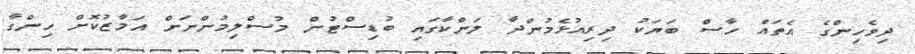
ދިވެހިންގެ އެތައް ހާސް ބަޔަކު ދިރިއުޅެމުންދާ ލަންކާގައި ބުޑިސްޓުން މުސްލިމުންނަށް އަމާޒުކޮށް ހިންގާ